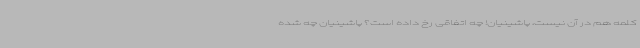
کلمه هم در آن نیست، پاشینیان! چه اتفاقی رخ داده است؟ پاشینیان چه شده